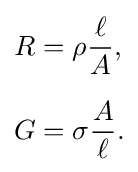
{\begin{aligned}R&=\rho {\frac {\ell }{A}},\\[6pt]G&=\sigma {\frac {A}{\ell }}.\end{aligned}}